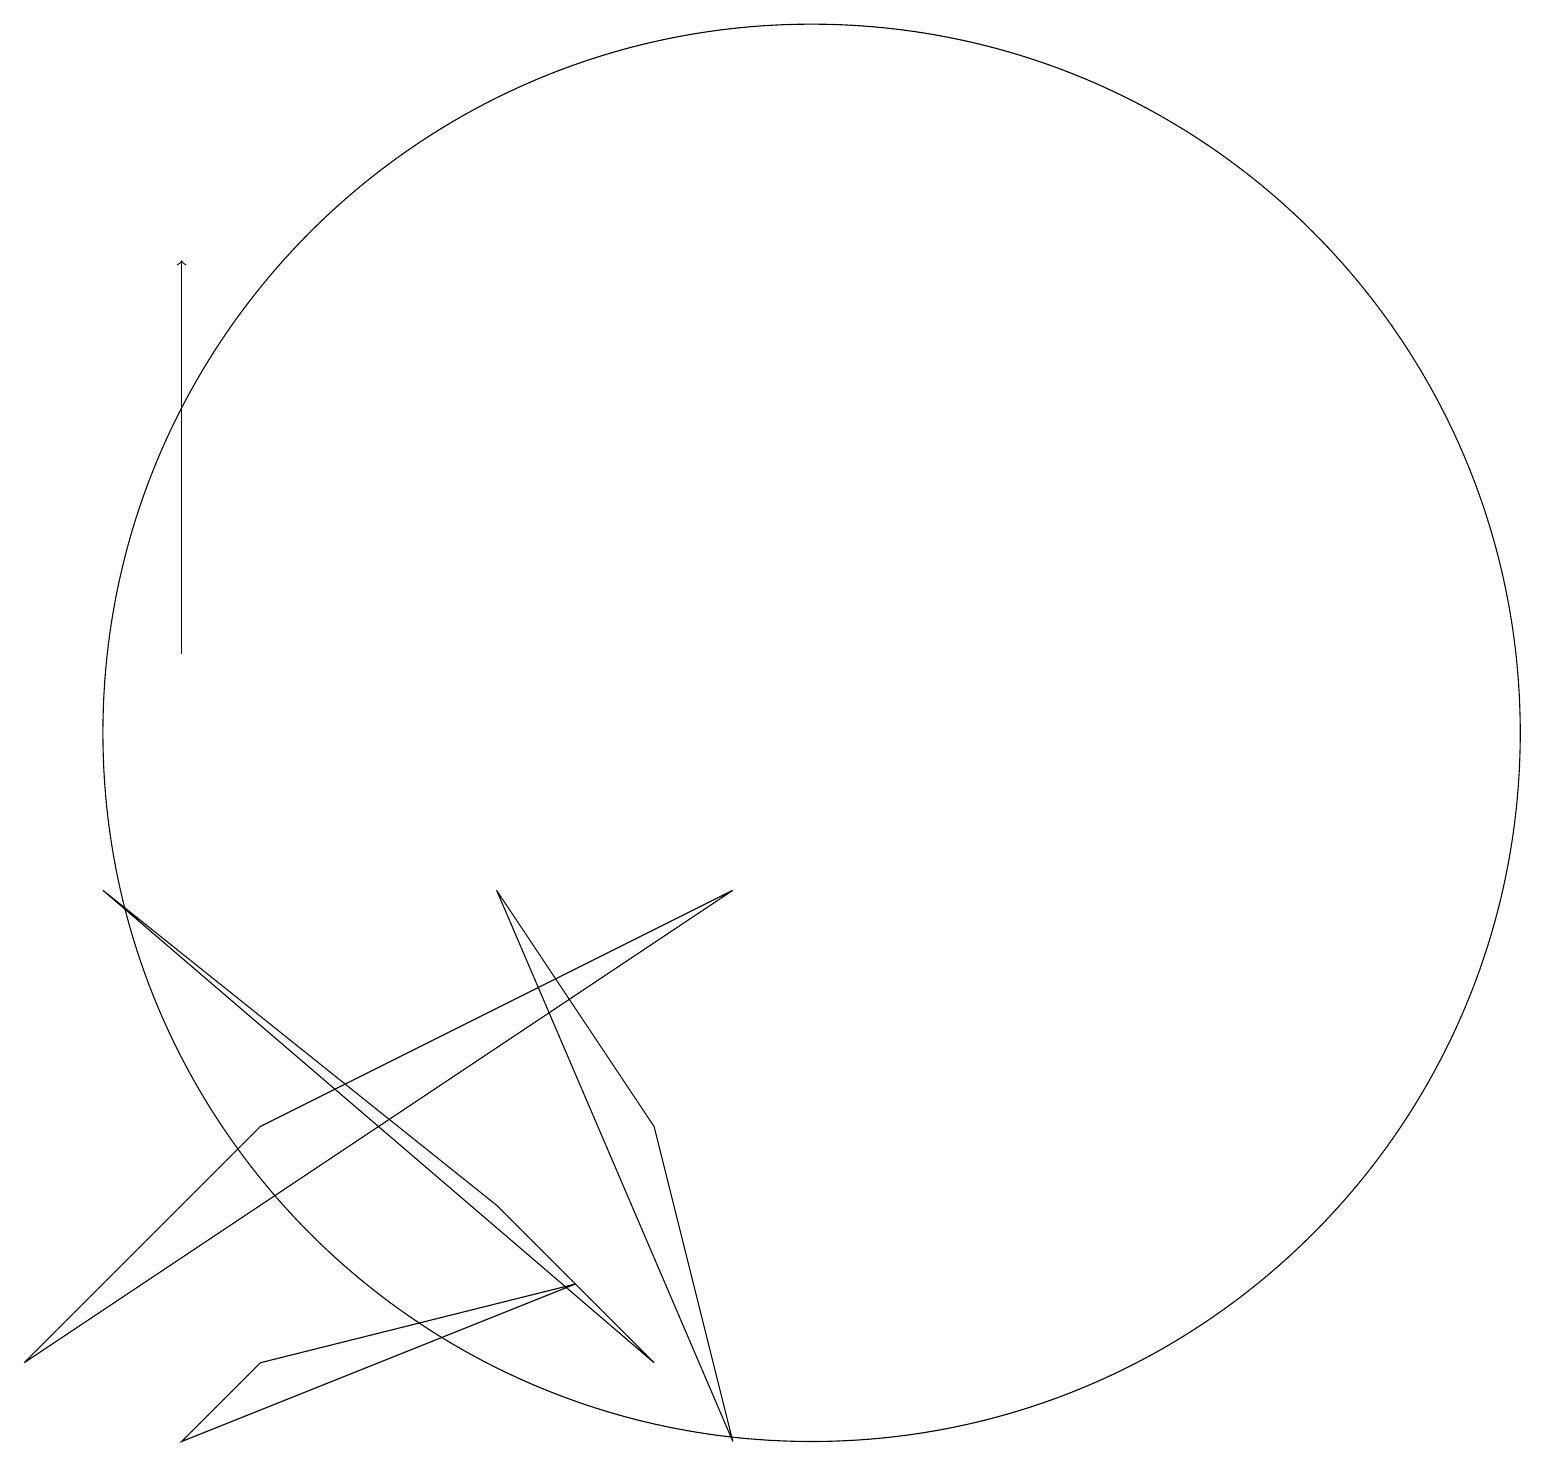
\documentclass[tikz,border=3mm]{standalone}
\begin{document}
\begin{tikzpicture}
\draw (8,3) -- (6,5) -- (1,9) -- cycle;
\draw[->] (2,12) -- (2,17);
\draw (12,12) circle (0);
\draw (10,11) circle (9);
\draw (11,10) circle (0);
\draw (6,9) -- (9,2) -- (8,6) -- cycle;
\draw (3,6) -- (0,3) -- (9,9) -- cycle;
\draw (7,4) -- (3,3) -- (2,2) -- cycle;
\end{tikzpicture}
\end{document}